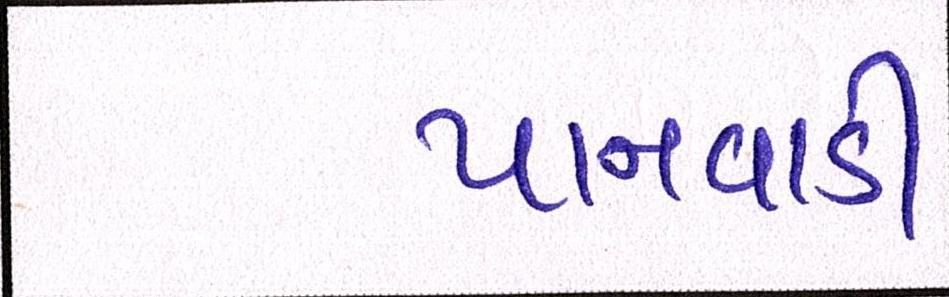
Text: પાનવાડી